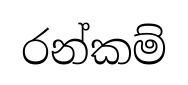
රන්කම්